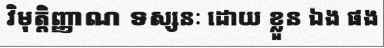
វិមុត្តិញ្ញាណ ទស្សនៈ ដោយ ខ្លួន ឯង ផង